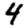
Digit: 4